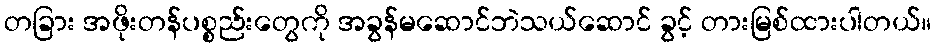
တခြား အဖိုးတန်ပစ္စည်းတွေကို အခွန်မဆောင်ဘဲသယ်ဆောင် ခွင့် တားမြစ်ထားပါတယ်။